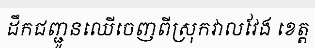
ដឹកជញ្ជូនឈើចេញពីស្រុកវាលវែង ខេត្ត